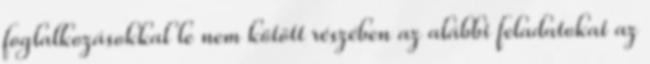
foglalkozásokkal le nem kötött részében az alábbi feladatokat az